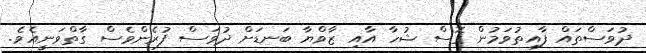
ދުވަސްތައް ފާއިތުވަމުން ގޮސް ޝުހާ އާއި ޒާވްޔާ ބަނޑަށް ދުވަސް ފުރެންވެސް ގާތްވަނީއެވެ.